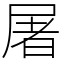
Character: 屠